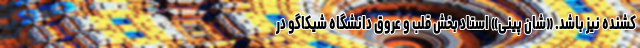
کشنده نیز باشد. «شان پینی» استاد بخش قلب و عروق دانشگاه شیکاگو در